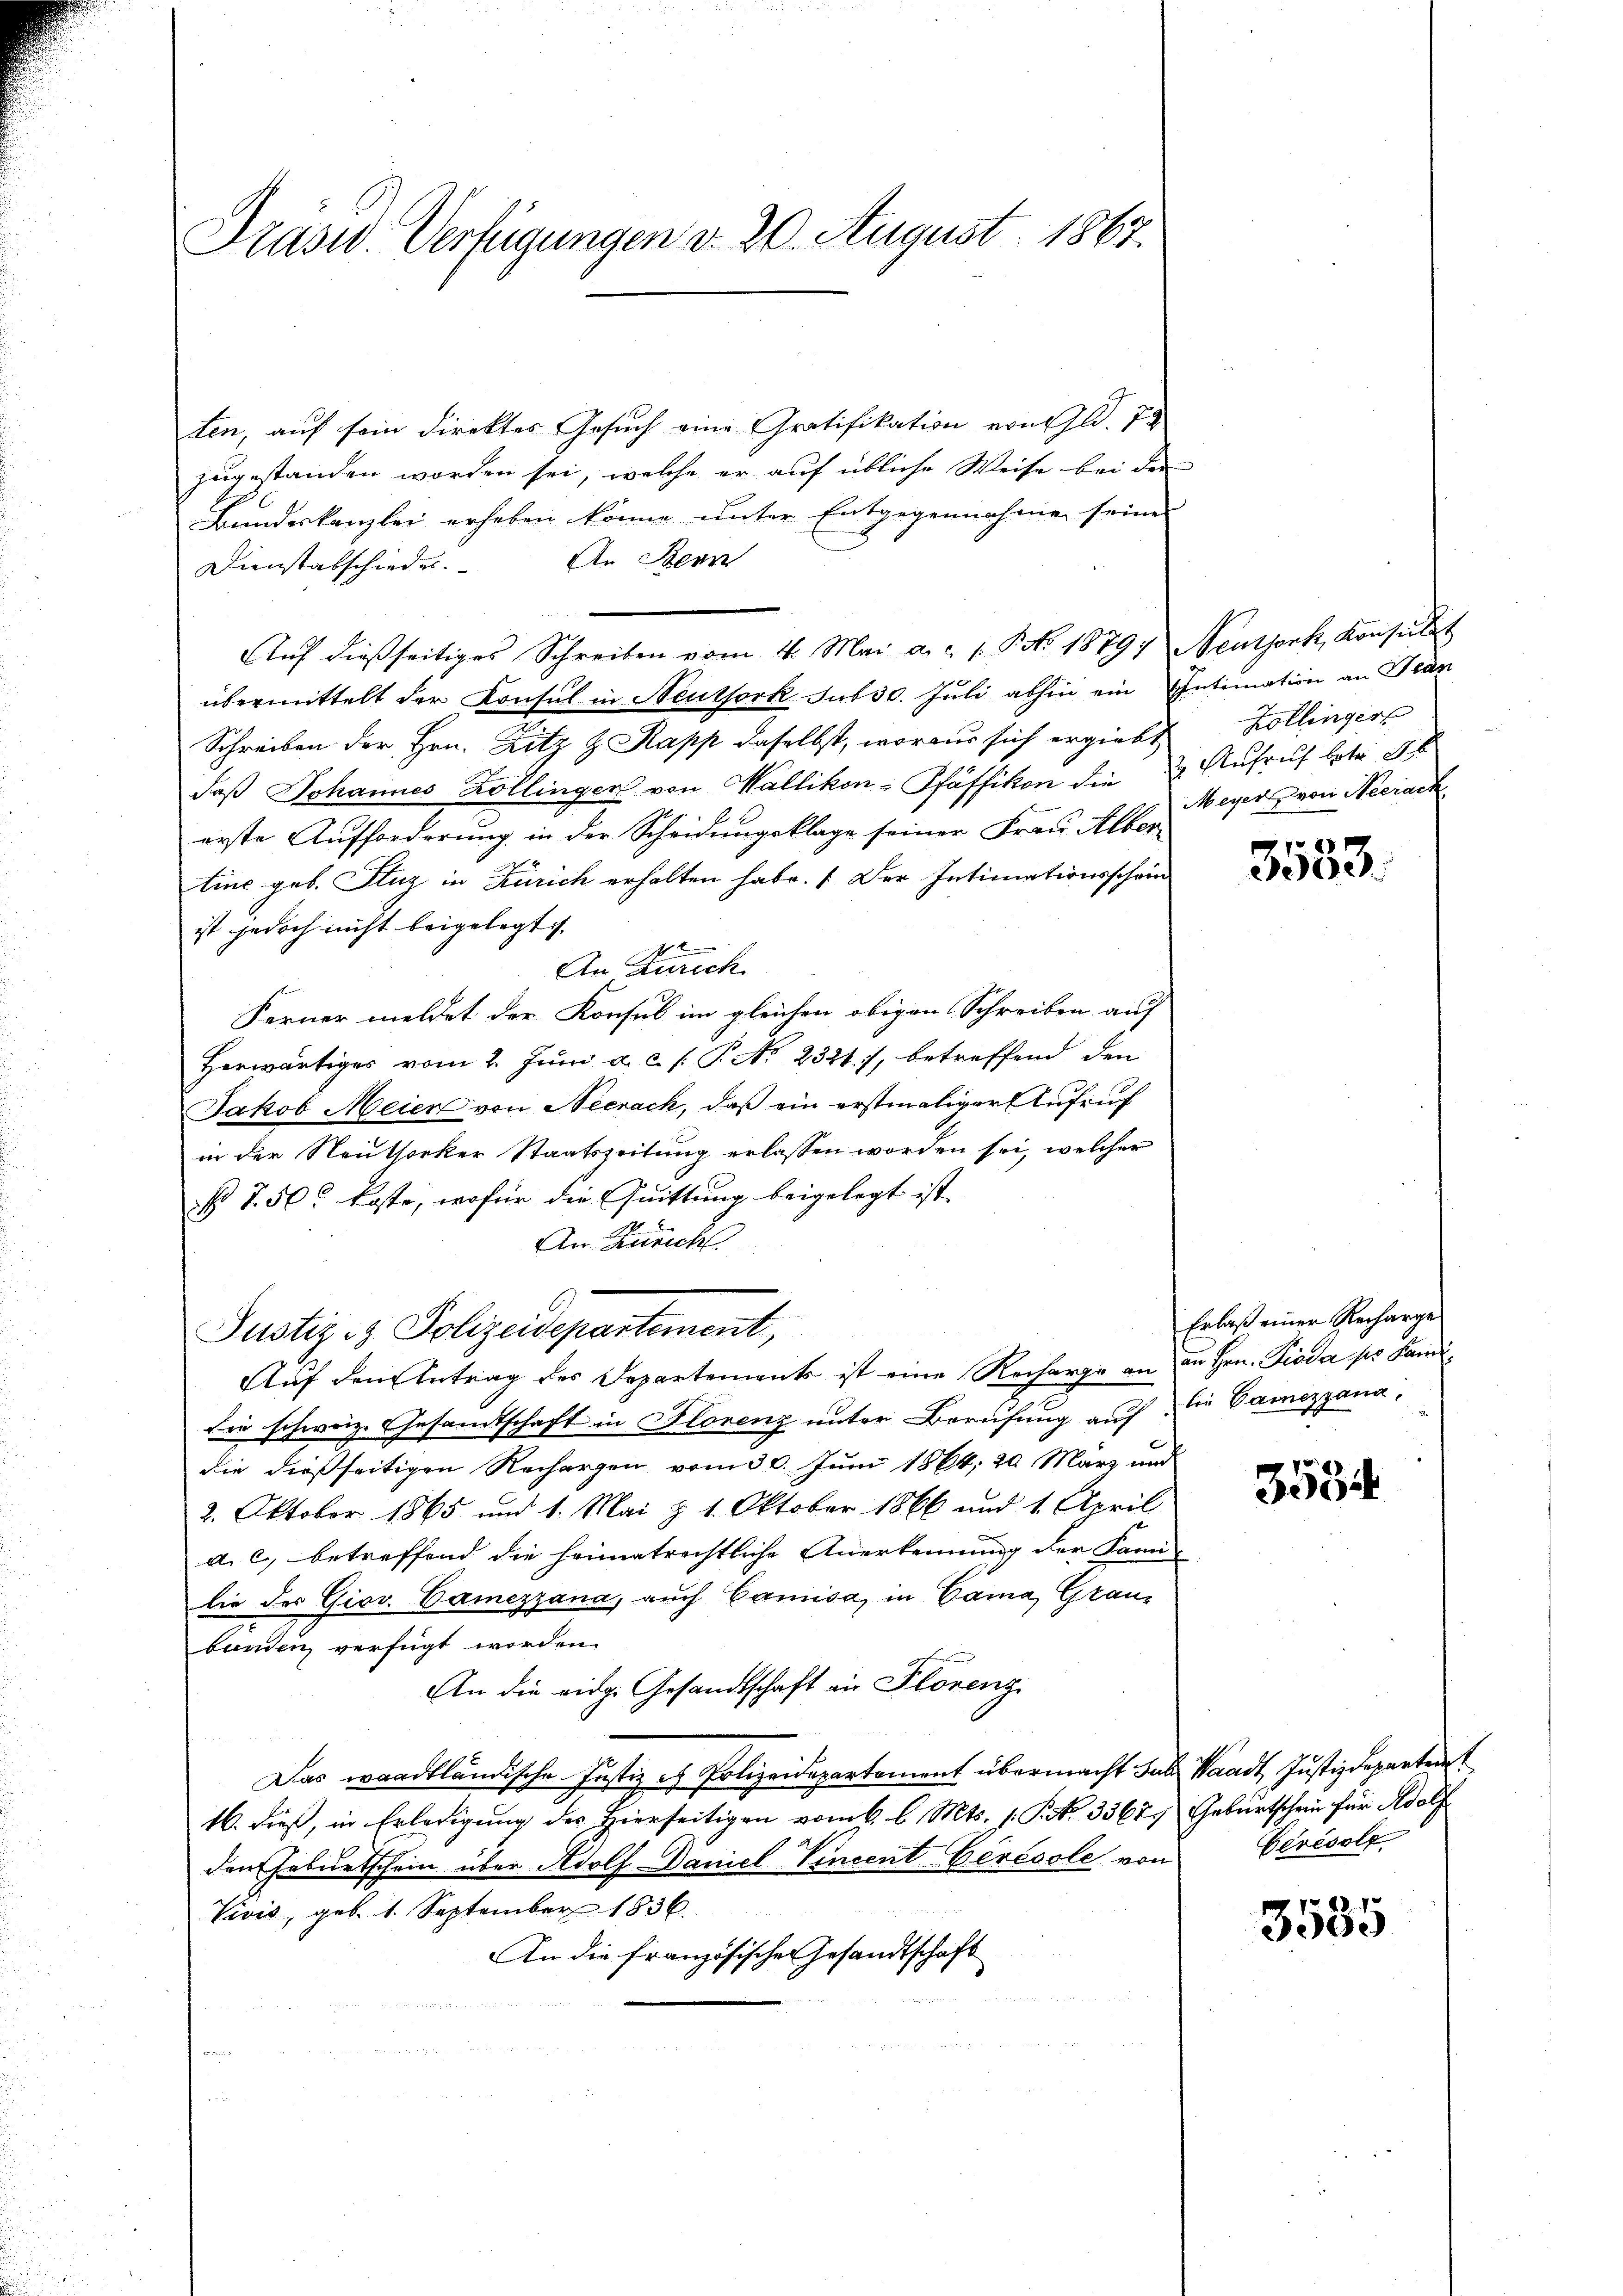
Präsid. Verfügungen d. 20. August 1867.

ten, auf sein direktes Gesuch eine Gratifikation von fl. 7
zugestanden worden sei, welche er auf übliche Weise bei der
Bundeskanzlei erheben könne unter Entgegennahmen seines
An Benn
Dienstabschiedes.
Aŭf dießseitiges Schreiben vom 4. Mai a. c. 1. No 18797 Neuthork, Konsult
übermittelt der Konsul in Neutfork sub 30. Juli abhin ein Intimation an Tran
Schreiben der Hrn. Zitz & Rapp daselbst, woraus sich ergiebt
daß Johannes Kollinger von Wallikon-Pfäffikon die u. Aufruf betr. Jb
erste Aufforderung in der Scheidungsklage seiner Frau Alber-
tine geb. Fluz in Zürich erhalten habe. Der Intimationsschein
ist jedoch nicht beigelegt.
1
An Zürich
Ferner meldet der Konsul im gleichen obigen Schreiben auf
Herwärtiger vom 2. Juni a. c. s. P. No 2321. 7, betreffend den
Jakob Meier von Neerach, daß ein erstmaliger Aufruf
in der Neuthorker Staatszeitung erlassen worden sei, welcher
§ 7. 50 koste, wofür die Quittung beigelegt ist.
An Zürich
Justiz- & Polizeidepartement,
Auf den Antrag des Departements ist eine Recharge an an Hrn. Fieda pr Landi
die schweiz. Gesandtschaft in Florenz unter Berufung auf die Camezzana,
die dießseitigen Rechargen vom 30. Juni 1864, 20 März und
2. Oktober 1865 und 1. Mai z 1. Oktober 1866 und 1. April.
a. c. betreffend die heimatrechtliche Anerkennung der Fami-
lie des Giov. Camezzana, auch Camisa, in Cama, Graubunden verfügt worden.
An die eidg. Gesandtschaft in Plorenz
Das waadtländische Justiz es Polizeidepartement übermacht das Waadt, Justizdepartinst
16. dieß, in Erledigung des Hierseitigen vom 6. l. Mts. 1. P. Nr. 3367. Geburtschein für Adolf
den Hebŭrtschein über Adolf DDaniel Vincent Cérésole von Cerésolg
Vivis, geb. 1. September 1836.
An die französischen Gesandtschaft

Zollinger
Meyer von Neerack

3553.

Erlaß einer Recharge

3554

3535